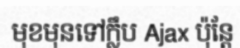
មុខមុនទៅក្លឹប Ajax ប៉ុន្តែ